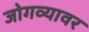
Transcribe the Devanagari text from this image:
जोगव्यावर